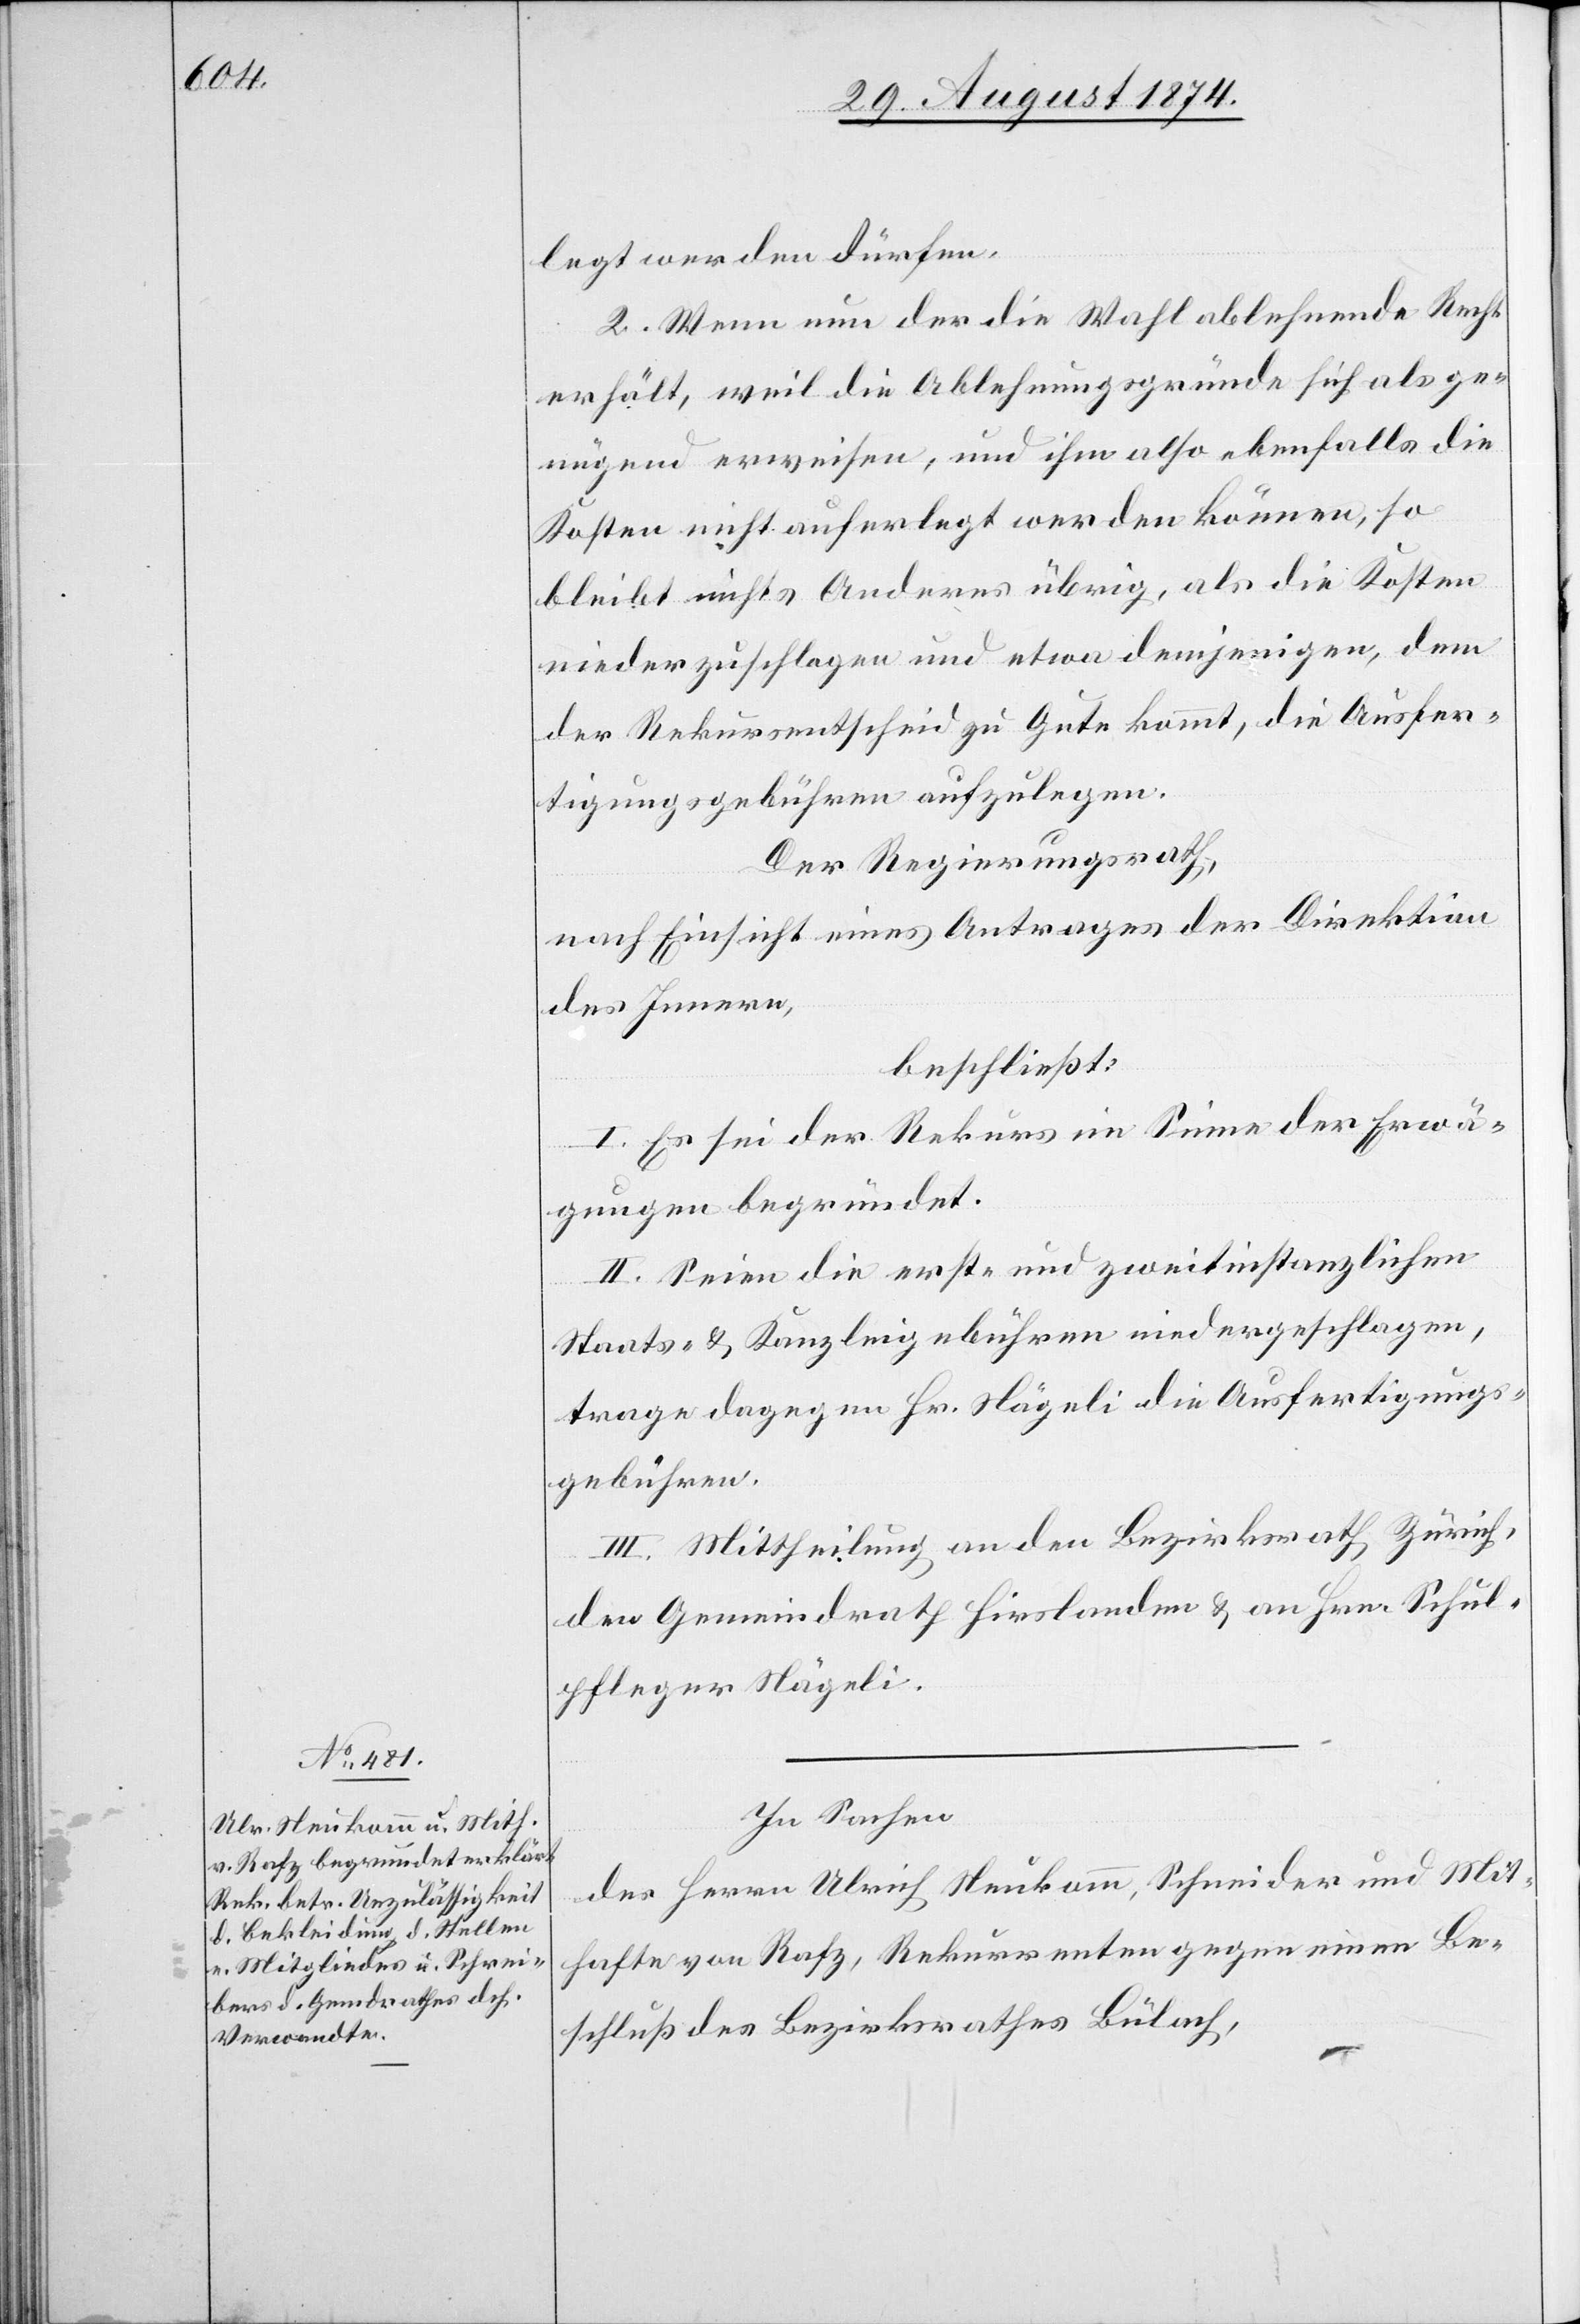
legt werden dürfen.
2. Wenn nun der die Wahl ablehnende Recht
erhält, weil die Ablehnungsgründe sich als ge¬
nügend erweisen, und ihm also ebenfalls die
Kosten nicht auferlegt werden können, so
bleibt nichts Anderes übrig, als die Kosten
niederzuschlagen und etwa demjenigen, dem
der Rekursentscheid zu Gute kommt, die Ausfer¬
tigungsgebühren aufzulegen.
Der Regierungsrath,
nach Einsicht eines Antrages der Direktion
des Innern,
beschließt:
I. Es sei der Rekurs im Sinne der Erwä¬
gungen begründet.
II. Seien die erst- und zweitinstanzlichen
Staats- u. Kanzleigebühren niedergeschlagen,
trage dagegen Hr. Nägeli die Ausfertigungs¬
gebühren.
III. Mittheilung an den Bezirksrath Zürich,
den Gemeindrath Hirslanden u. an Hrn. Schul¬
pfleger Nägeli.
In Sachen
des Herrn Ulrich Neukomm, Schneider und Mit¬
hafte von Rafz, Rekurrenten gegen einen Be¬
schluß des Bezirksrathes Bülach,